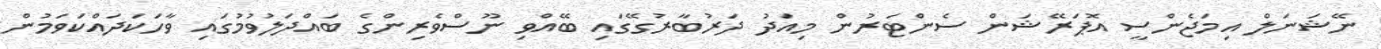
ނޭޝަނަލް އިމަޖެންސީ އޮޕަރޭޝަން ސެންޓަރުން މިއަދު ދަރުބާރުގޭގައި ބޭއްވި ނޫސްވެރިންގެ ބައްދަލުވުމުގައި ވާހަކަދައްކަވަމުން